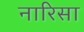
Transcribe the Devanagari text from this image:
नारिसा